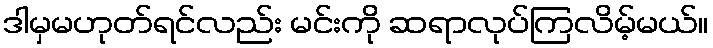
ဒါမှမဟုတ်ရင်လည်း မင်းကို ဆရာလုပ်ကြလိမ့်မယ်။